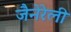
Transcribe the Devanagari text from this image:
जैनेरेली